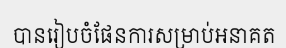
បានរៀបចំផែនការសម្រាប់អនាគត